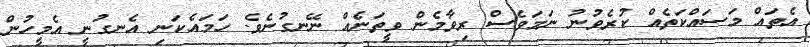
އެތައް މަސައްކަތެއް ކުރެވުނު ނަމަވެސް ރިވާމެން ވީތަނެއް ނޭނގުނެވެ. ހަމައެކަނި އެނގުނީ އެމީހުން